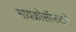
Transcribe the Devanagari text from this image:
मायक्रोसॉफटने